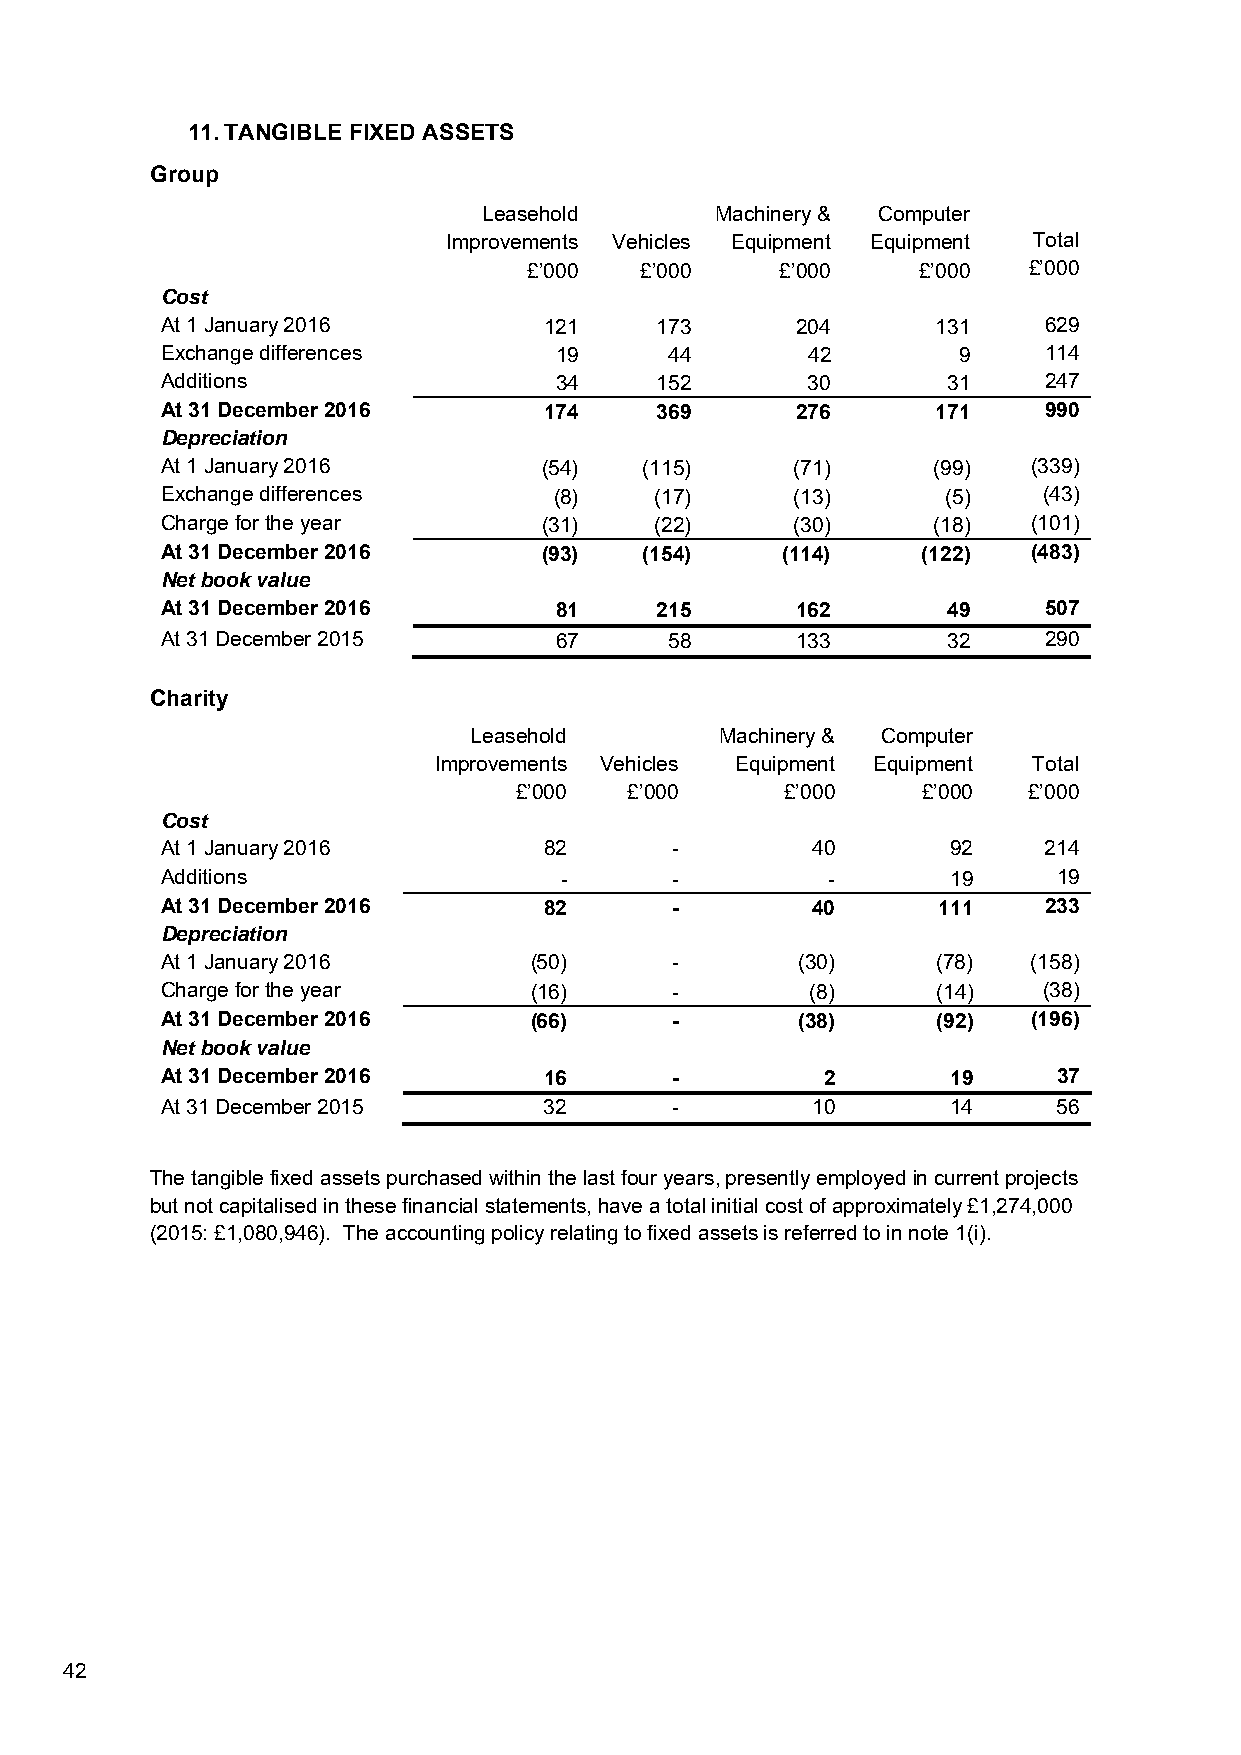
11. TANGIBLE FIXED ASSETS
 Group
 Leasehold      Machinery & Computer
 Improvements Vehicles Equipment Equipment Total
 £’000  £’000     £’000    £’000  £’000
 Cost
 At 1 January 2016        121    173       204      131    629
 Exchange differences      19     44       42        9     114
 Additions                 34    152       30        31    247
 At 31 December 2016      174    369       276      171    990
 Depreciation
 At 1 January 2016        (54)   (115)     (71)     (99)  (339)
 Exchange differences      (8)   (17)      (13)      (5)   (43)
 Charge for the year      (31)   (22)      (30)     (18)  (101)
 At 31 December 2016      (93)   (154)    (114)    (122)  (483)
 Net book value
 At 31 December 2016       81    215       162       49    507
 At 31 December 2015       67     58       133       32    290
 Charity
 Leasehold        Machinery & Computer
 Improvements Vehicles Equipment Equipment Total
 £’000   £’000     £’000    £’000  £’000
 Cost
 At 1 January 2016        82      -         40       92    214
 Additions                 -      -          -       19     19
 At 31 December 2016      82      -         40      111    233
 Depreciation
 At 1 January 2016       (50)     -        (30)     (78)  (158)
 Charge for the year     (16)     -         (8)     (14)   (38)
 At 31 December 2016     (66)     -        (38)     (92)  (196)
 Net book value
 At 31 December 2016      16      -          2       19     37
 At 31 December 2015      32       -        10       14     56
 The tangible fixed assets purchased within the last four years, presently employed in current projects
 but not capitalised in these financial statements, have a total initial cost of approximately £1,274,000
 (2015: £1,080,946). The accounting policy relating to fixed assets is referred to in note 1(i).
 42